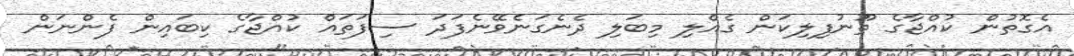
އެގޮތުން ކުއްޖާގެ ތޫނުފިލިކަން ގެއްލި މިބަލި ދެނެގަނެވޭނެފަދަ ސިފަތައް ކުއްޖާގެ ކިބައިން ފެންނަން